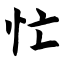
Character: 忙